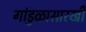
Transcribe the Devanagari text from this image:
गांडुळासारखी